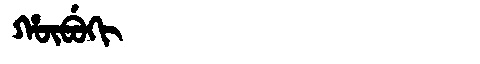
Manchu: ᡥᡡᠪᡠᡴᡳ
Romanization: HŪBUKI